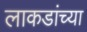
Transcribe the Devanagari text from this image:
लाकडांच्या